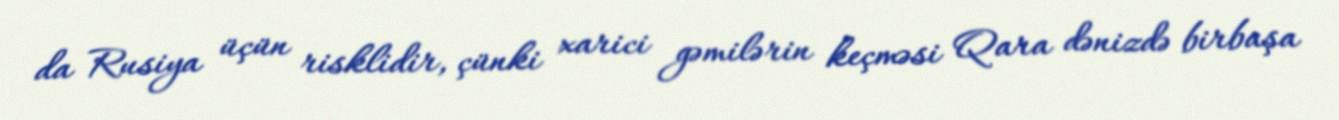
da Rusiya üçün risklidir, çünki xarici gəmilərin keçməsi Qara dənizdə birbaşa